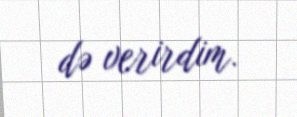
də verirdim.